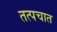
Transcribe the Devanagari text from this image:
तत्पचात